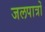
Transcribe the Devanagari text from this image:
जलपात्रों